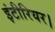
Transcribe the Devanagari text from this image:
इंटीरियर।